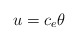
\begin{align*} u = c_{e} \theta \end{align*}